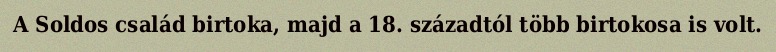
A Soldos család birtoka, majd a 18. századtól több birtokosa is volt.